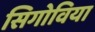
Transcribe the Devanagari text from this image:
सिगोविया